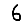
Digit: 6